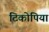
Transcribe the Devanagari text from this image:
टिकोपिया